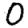
Digit: 0